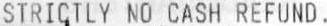
STRICTLY NO CASH REFUND.